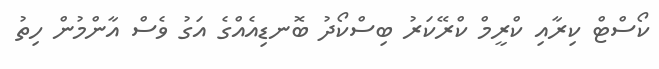
ކޯސްޓް ކިރާއި ކްރީމް ކްރޭކަރު ބިސްކޯދު ބޮނޑިއެއްގެ އަގު ވެސް އާންމުން ހިތު